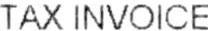
TAX INVOICE